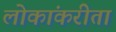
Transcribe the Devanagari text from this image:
लोकांकरीता